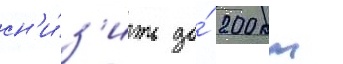
сн'и́з'ить до́ 200 км